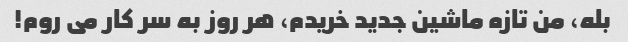
بله، من تازه ماشین جدید خریدم، هر روز به سر کار می روم!